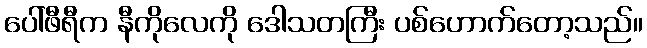
ပေါ်ဖီရီက နီကိုလေကို ဒေါသတကြီး ပစ်ဟောက်တော့သည်။